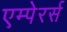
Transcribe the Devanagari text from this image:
एम्पेरर्स